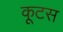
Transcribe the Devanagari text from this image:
कूटस